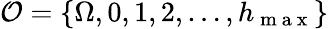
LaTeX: \mathcal{O}=\{ \Omega,0,1,2,\dots,h_{\mathrm{~m~a~x~}}\}